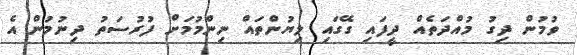
ވުމުން ދިގު މުއްދަތެއް ދީފައި ގޭގައި ލިޔުންތައް ނިންމުމަށް ފުރުސަތު ދިނުމުން އެ